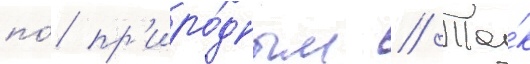
по́ пр'иро́дным // Та́к